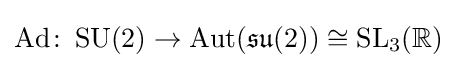
\operatorname {Ad} \colon \operatorname {SU} (2)\rightarrow \operatorname {Aut} ({\mathfrak {su}}(2))\cong \operatorname {SL} _{3}(\mathbb {R} )